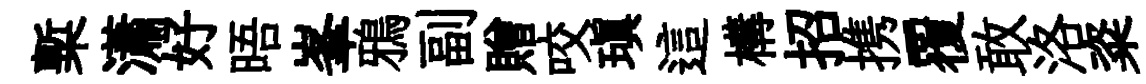
槧瀟好晤峯鴉副贈咬瑱這構招携覆敢洛粢